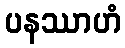
ပနဿာဟံ